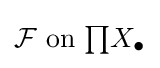
{\mathcal {F}}{\text{ on }}{\textstyle \prod }X_{\bullet }